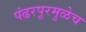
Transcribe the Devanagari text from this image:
पंढरपूरमुळेच